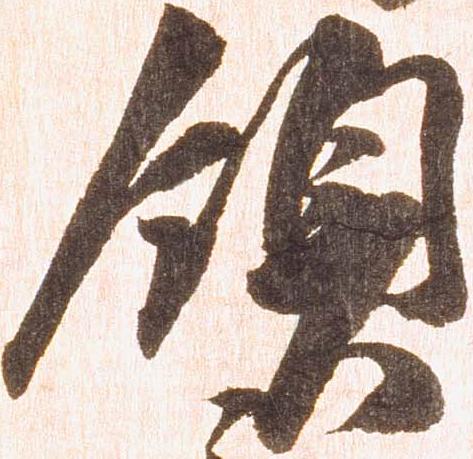
領